Report on metropolitan horse fairs and district horse shows of 1891-92 - 1891-1892
Year: 1891
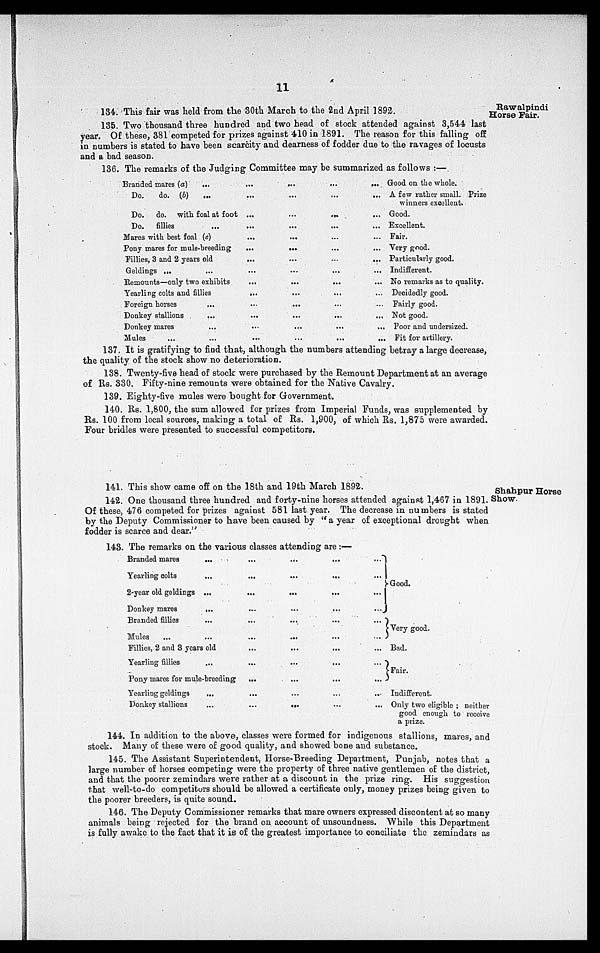
11
Rawalpindi
Horse Fair.
134. This fair was held from the 30th March to the 2nd April 1892.
135. Two thousand three hundred and two head of stock attended against 3,544 last
year. Of these, 381 competed for prizes against 410 in 1891. The reason for this falling off
in numbers is stated to have been scarcity and dearness of fodder due to the ravages of locusts
and a bad season.
136. The remarks of the Judging Committee may be summarized as follows :—
Branded mares (a)
Do.
do. (b)
...
...
Do.
do. with foal at foot
Do.
fillies
...
Mares with best foal (e)
Pony mares for mule-breeding
Fillies, 3 and 2 years old
Geldings ...
...
Remounts—only two exhibits
Yearling colts and fillies
Foreign horses
Donkey stallions
Donkey mares
Mules ...
...
...
...
...
...
...
...
...
...
...
...
...
...
...
...
...
...
...
...
...
...
...
...
...
...
...
...
...
...
...
...
...
...
...
...
...
...
...
...
...
...
...
...
...
...
...
...
...
...
...
...
...
...
...
...
...
...
...
...
...
Good on the whole.
A few rather small. Prize
winners excellent.
Good.
Excellent.
Fair.
Very good.
Particularly good.
Indifferent.
No remarks as to quality.
Decidedly good.
Fairly good.
Not good.
Poor and undersized.
Fit for artillery.
137. It is gratifying to find that, although the numbers attending betray a large decrease,
the quality of the stock show no deterioration.
138. Twenty-five head of stock were purchased by the Remount Department at an average
of Rs. 330. Fifty-nine remounts were obtained for the Native Cavalry.
139. Eighty-five mules were bought for Government.
140. Rs. 1,800, the sum allowed for prizes from Imperial Funds, was supplemented by
Rs. 100 from local sources, making a total of Rs. 1,900, of which Rs. 1,875 were awarded.
Four bridles were presented to successful competitors.
Shahpur Horse
Show.
141. This show came off on the 18th and 19th March 1892.
142. One thousand three hundred and forty-nine horses attended against 1,467 in 1891.
Of these, 476 competed for prizes against 581 last year. The decrease in numbers is stated
by the Deputy Commissioner to have been caused by "a year of exceptional drought when
fodder is scarce and dear."
143. The remarks on the various classes attending are:—
Branded mares
Yearling colts
2-year old geldings
Donkey mares
Branded fillies
Mules
...
...
...
...
...
...
Fillies, 2 and 3 years old
Yearling fillies
...
Pony mares for mule-breeding
Yearling geldings
Donkey stallions
...
...
...
...
...
...
...
...
...
...
...
...
...
...
...
...
...
...
...
...
...
...
...
...
...
...
...
...
...
...
...
...
...
...
...
...
...
...
...
...
...
...
...
...
...
...
Good.
Very good.
Bad.
Fair.
Indifferent.
Only two eligible; neither
good enough to receive
a prize.
144. In addition to the above, classes were formed for indigenous stallions, mares, and
stock. Many of these were of good quality, and showed bone and substance.
145. The Assistant Superintendent, Horse-Breeding Department, Punjab, notes that a
large number of horses competing were the property of three native gentlemen of the district,
and that the poorer zemindars were rather at a discount in the prize ring. His suggestion
that well-to-do competitors should be allowed a certificate only, money prizes being given to
the poorer breeders, is quite sound.
146. The Deputy Commissioner remarks that mare owners expressed discontent at so many
animals being rejected for the brand on account of unsoundness. While this Department
is fully awake to the fact that it is of the greatest importance to conciliate the zemindars as